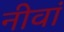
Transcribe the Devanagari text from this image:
नीवां